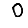
Digit: 0